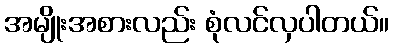
အမျိုးအစားလည်း စုံလင်လှပါတယ်။